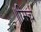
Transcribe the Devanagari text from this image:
॥मिर्च